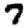
Digit: 7